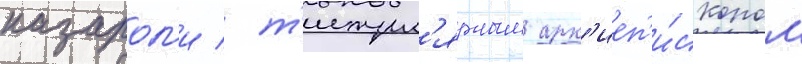
казарол'и / т'итул'ярным арх'иеп'и́скопом